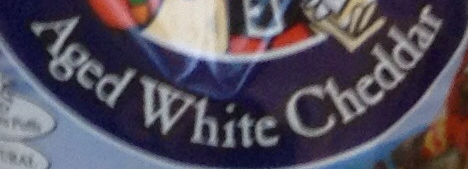
Aged White Cheddar